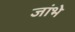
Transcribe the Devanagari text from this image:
जांभे